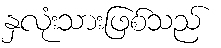
နှလုံးသားဖြစ်သည်